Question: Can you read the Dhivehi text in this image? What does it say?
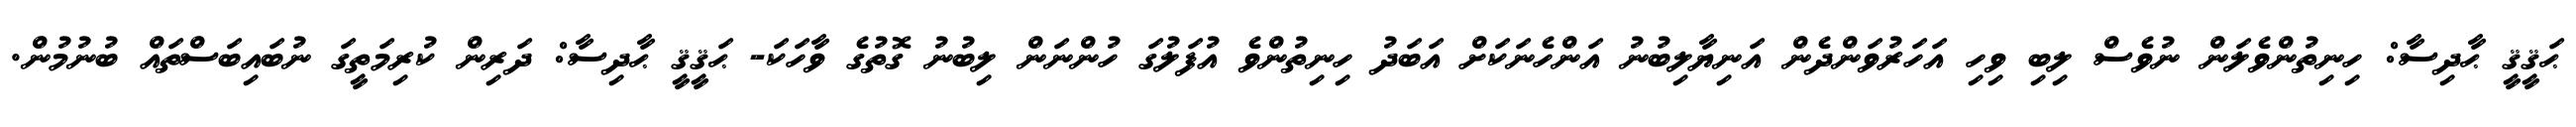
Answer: ޙަޤީޤީ ޙާދިސާ: ހިނިތުންވެލަން ނުވެސް ލިބި ވިހި އަހަރުވަންދެން އަނިޔާލިބުނު އަންހެނަކަށް އަބަދު ހިނިތުންވެ އުފަލުގަ ހުންނަން ލިބުނު ގޮތުގެ ވާހަކަ- ޙަޤީޤީ ޙާދިސާ: ދަރިން ކުރިމަތީގަ ނުބައިބަސްތައް ބުނުމުން.